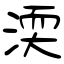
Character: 渜